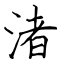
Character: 渚